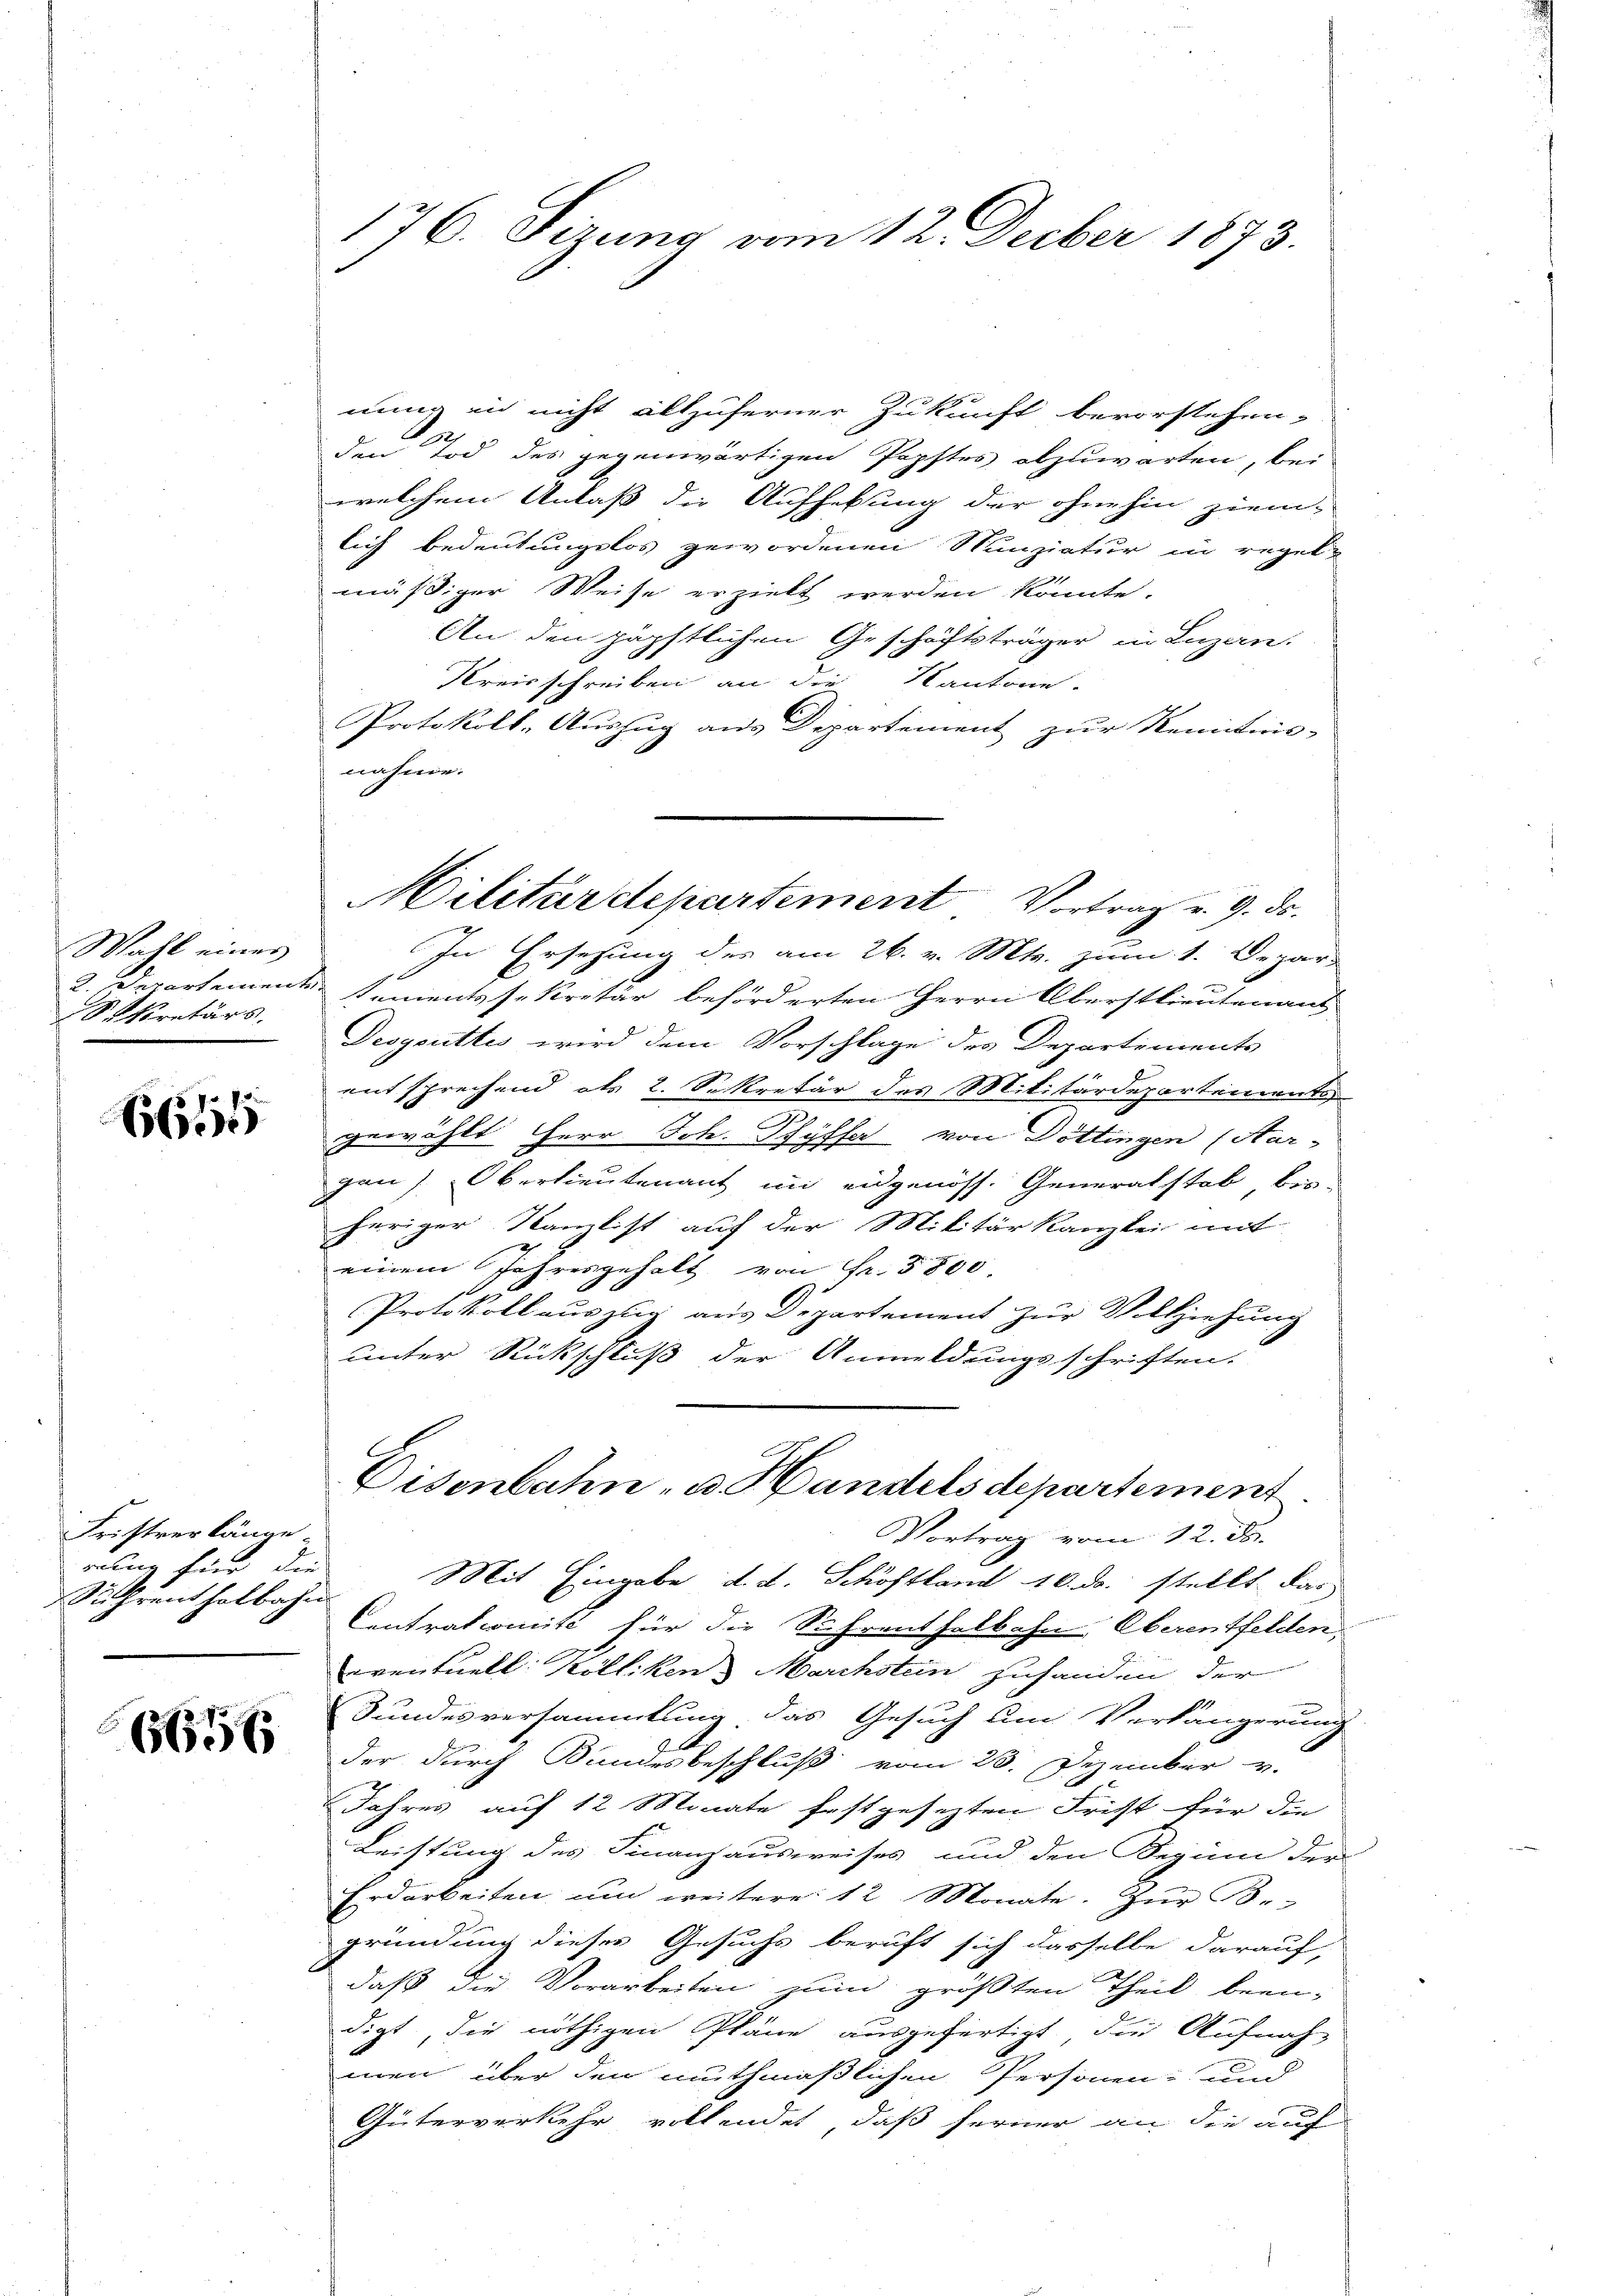
W il eines
2. Departemen,
Siscretärs.

6611

Fristrer länge.
rung hier, die |
Suhrenthalbahn

6656

176. Sizung vom 12. Decber 1873.

nung in nicht allzuferner Zukunft bevorstehen,
den Tod des gegenwärtigen Popftes abzuwarten, bei
welchem Anlaß die Aufhebung der ohnehin ziem-
lich bedeutungslos gewordenen Munziatur in regel-
mäßiger Weise erzielt werden könnte.
An den päpstlichen Geschäftsträger in Luzern.
Kreisschreiben an die Kantone.
Protokoll-Auszug aus Departement zur Kenntnis-
nahme.
In Ersetzung des am 26. v. Mts. zum 1. Depar-
Sementssekretär beförderten Herrn Oberstlieutenans
Desgsutti wird dem Vorschlage des Departements
entsprechend als 2. Sekretär des Militärdepartements
gewählt Herr Joh. Pfyffer von Döttingen (Aar-
gan. Oberlieutenant in eidgenöss. Generalstab, bis-
heriger Kanzlist auf der Militär kanzlei mit
2
einem Jahresgehalt von Fr. 5800
Protokoll auszug aus Departement zur Vollziehung
unter Rückschluß der Anmeldungsschriften.
Disenbahn- u. Handels departement.
Vortrag vom 12. ds.
Mit Eingabe d. d. Schöffland 16. dr. stellt das
Centrationité für die Schrenthalbahn Oberentfelden,
eventuell: Kölliken. Marchsten zuhanden der
Bundesversammlung das Gesuch um Verlängerung
der durch Bundesbeschluß vom 23. Dezember v.
Jahres auf 12 Monate festgesezten Frist für die
Leistung des Finanzausweises und den Beginn der
Erdarbeiten, um weitere 12 Monate. Zur Be-
gründung dieses Gesuchs beruft sich dasselbe darauf,
2
daß die Vorarbeiten zum größten Theil beendigt, die nöthigen Pläne ausgefertigt, die Aufnah-
men über den muthmaßlichen Personen und
Güterverkehr vollendet, daß ferner an die auf

Militärdepartement Vortrag u. 9. ds.